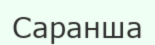
Саранша